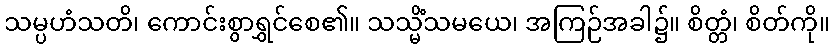
သမ္ပဟံသတိ၊ ကောင်းစွာရွှင်စေ၏။ သသ္မိံသမယေ၊ အကြဉ်အခါ၌။ စိတ္တံ၊ စိတ်ကို။